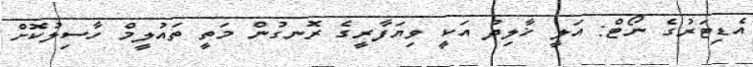
އެޑިޓަރުގެ ނޯޓް: އަލީ ޚާލިދު އަކީ ވިޔަފާރީގެ ރޮނގުން މަތީ ތައުލީމް ހާސިލުކޮށް